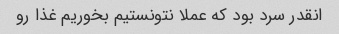
انقدر سرد بود که عملا نتونستیم بخوریم غذا رو